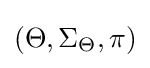
(\Theta ,\Sigma _{\Theta },\pi )